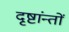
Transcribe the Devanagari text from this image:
दृष्टांन्तों